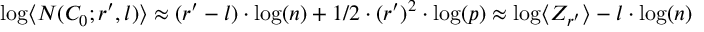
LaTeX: \log \langle N ( C _ { 0 } ; r ^ { \prime } , l ) \rangle \approx ( r ^ { \prime } - l ) \cdot \log ( n ) + 1 / 2 \cdot ( r ^ { \prime } ) ^ { 2 } \cdot \log ( p ) \approx \log \langle Z _ { r ^ { \prime } } \rangle - l \cdot \log ( n )